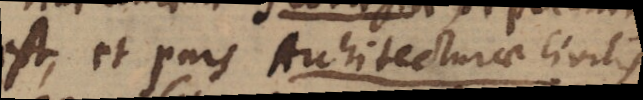
est, et pars Architecturae civilis